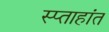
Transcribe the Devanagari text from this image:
स्प्ताहांत